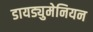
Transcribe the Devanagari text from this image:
डायड्युमेनियन